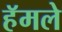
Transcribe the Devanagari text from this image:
हॅमले